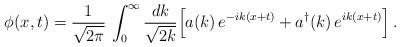
LaTeX: \begin{align*}\phi(x,t)=\frac{1}{\sqrt{2\pi}}\,\int_0^\infty\frac{dk}{\sqrt{2k}}\Bigl[a(k)\,e^{-ik(x+t)}+a^\dagger(k)\,e^{ik(x+t)}\Bigr]\,.\end{align*}